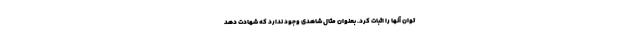
توان آنها را اثبات کرد. بعنوان مثال شاهدی وجود ندارد که شهادت دهد